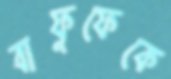
বাফুফেকে